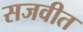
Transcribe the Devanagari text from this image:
सजवीत